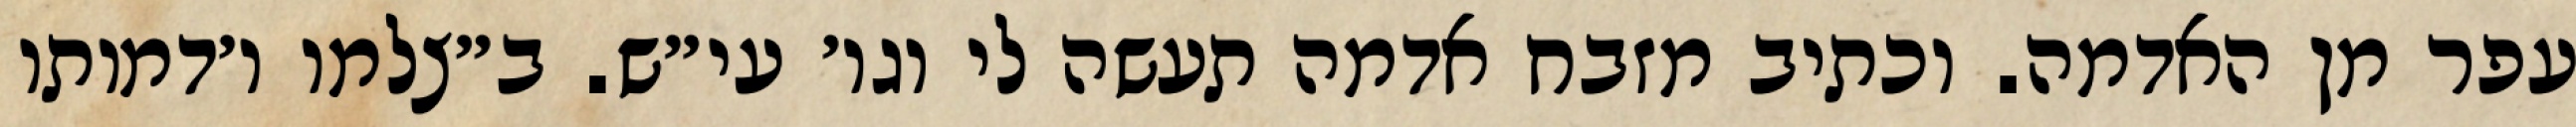
עפר מן האדמה. וכתיב מזבח אדמה תעשה לי וגו׳ עי״ש. ב״צלמו ו׳דמותו